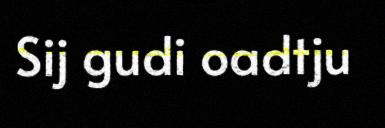
Sij gudi oadtju